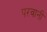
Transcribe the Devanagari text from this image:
परवानी